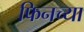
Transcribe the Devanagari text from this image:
फिनच्या